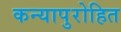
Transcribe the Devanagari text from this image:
कन्यापुरोहित